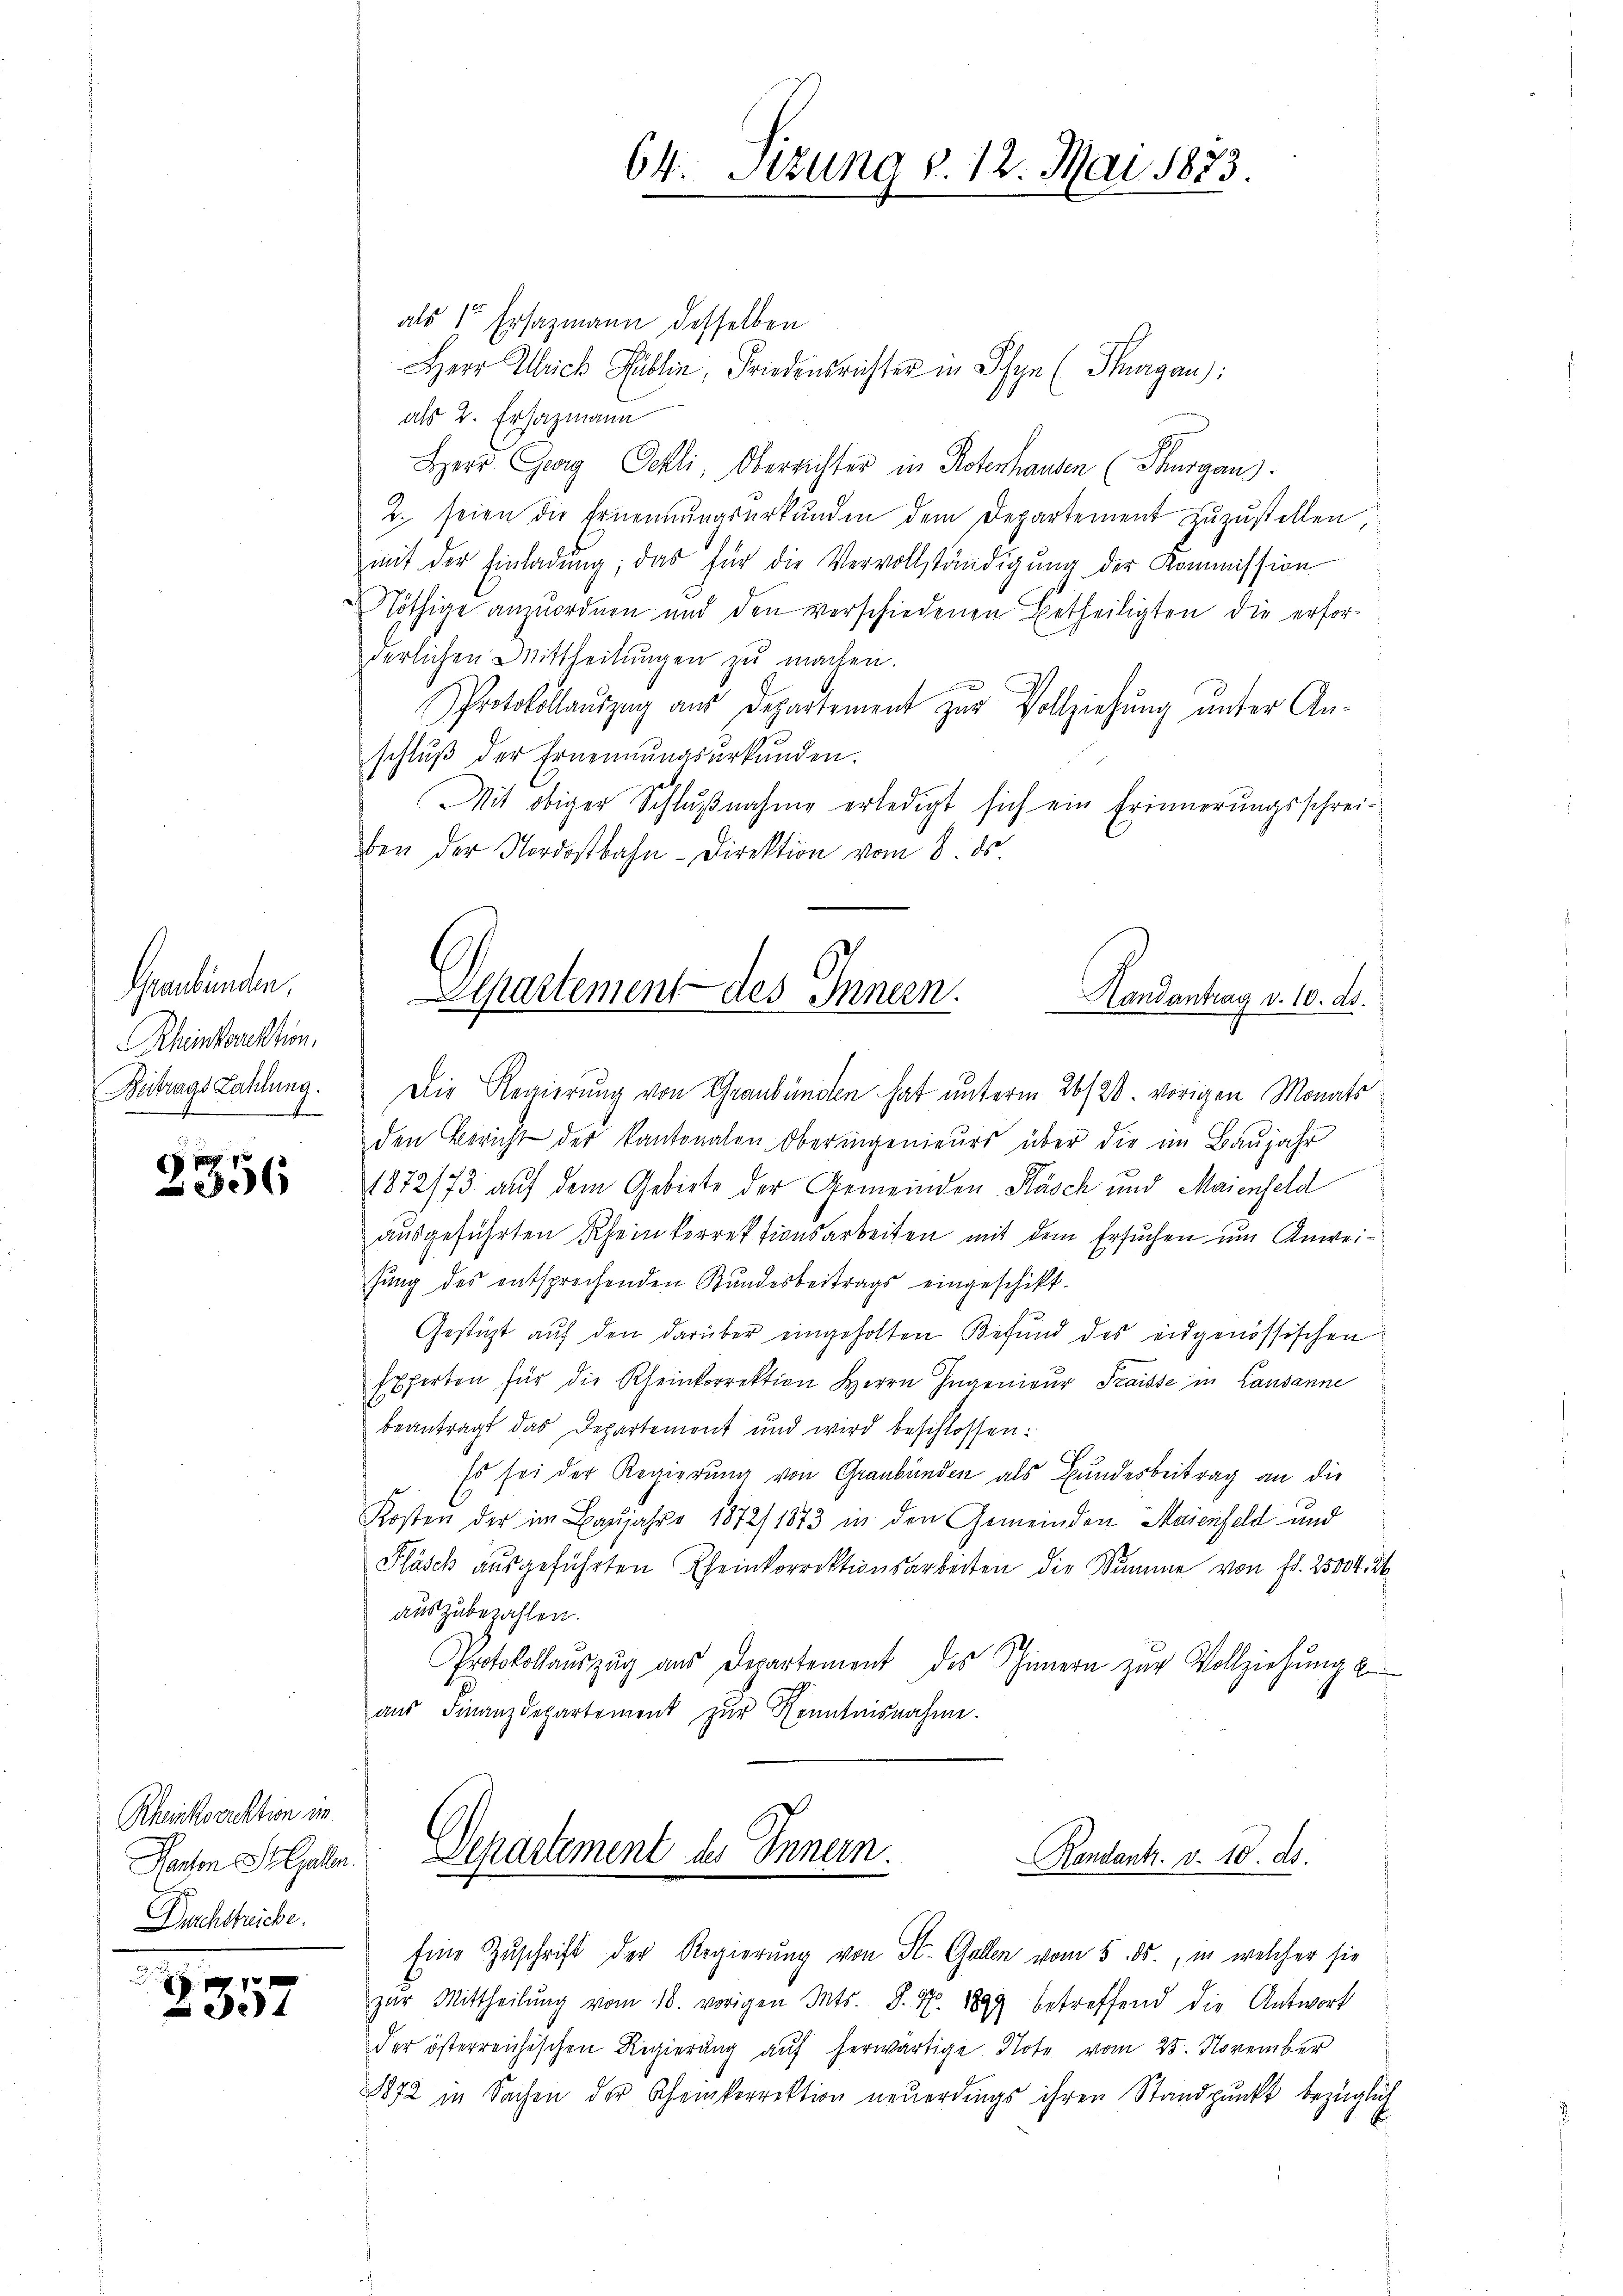
Graubünden,
Rheintonenhon.
Beitrags Zahlung.

206

Rheinkorrektion im
Kanton Stellen.
Durchstrecke.

2357

als 1 Ersazmann desselben
Herr Ulrich Publi, Friedensrichter in Ihn (Thurgau:
als 2. Ersazmann
Herr Gurg Oehli, Oberrichter in Notenhausen (Thurgaus.
2. seien die Ernennungsurkunden dem Departement zuzustellen,
mit der Einladŭng, das für die Vervollständigŭng der Kommission
Nöthige anzuordnen und den verschiedenen Betheiligten die erfor-
derlichen Mittheilŭngen zŭ machen.
Protokollauszug aus Departement zur Vollziehung unter An-
schluß der Ernennungsurkunden.
Mit obiger Schlußnahme erledigt sich ein Erinnerungsschreiben der Nordostbahn-Direktion vom 8. ds.
Die Regierung von Graubünden hat unterm 26/28. vorigen Monats
den Bericht der Kantonalen Oberingenieurs über die im Baŭjahr
1872/73 auf dem Gebiete der Gemeinden Käsch und Maienfeld
ausgeführten Rheinkorrektionsarbeiten mit dem Ersuchen um Anweisŭng des entsprechenden Kundesbeitrags eingeschikt.
Gestüzt aŭf den darüber eingeholten Befund des eidgenössischen
Experton für die Rheinkorrektion Herrn Ingenieur Fraisse in Lausanne
beantragt das Departement und wird beschlossen:
Es sei der Regierung von Graubünden als Bundesbeitrag an die
Kosten der im Baŭjahre 1872/ 1873 in den Gemeinden Maienfeld und
Pläsch ausgeführten Rheinkorrektionsarbeiten die Summe von fr. 25004. 3
auszubezahlen.
1
Protokollauszug aus Departement des Innern zur Vollziehung z
aus Finanzdepartement zur Kenntnisnahme.
Departement des Innern.
Randantz. v. 18. ds.
Eine Zuschrift der Regierung von St. Gallen vom 5. ds., in welcher sie
zar Mittheilŭng vom 18. vorigen Ints. S. Nr. 1849 betreffend die Antwort
der österreichischen Regierŭng aŭf herwärtige Note vom 25. November
1872 in Sachen der Scheinkorrektion neŭerdings ihren Standpŭnkt bezüglich
E

64. Sizung v. 12. Mai 1883.

Departement des Innern.
Handantrag v. 10. ds.